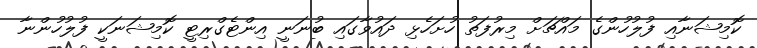
ކޮމިޝަނާއި ފުލުހުންގެ މައްޗަށް މިރުފަތު ހުށަހެޅި ދައުވާގައި ބުނަނީ އިންޓެގްރިޓީ ކޮމިޝަނަކީ ފުލުހުންނާ